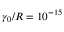
\gamma _ { 0 } / R = 1 0 ^ { - 1 5 }